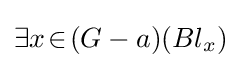
\exists x\!\in \!(G-a)(Bl_{x})